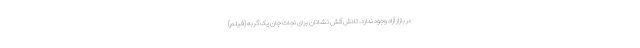
در بازار آزاد وجود ندارد. تلاش آتش نشانان برای نجات جان یک گربه (فیلم)